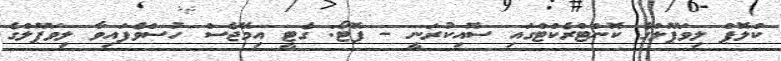
ކްލޮޕް ލިވަޕޫލްގެ ކޮންޓްރެކްޓްގައި ސޮއިކުރަނީ - ފޮޓޯ: ގެޓީ އިމޭޖެސް ހުސްވެފައިވާ ލިވަޕޫލްގެ